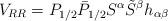
LaTeX: \begin{align*}V_{RR} =P_{1/2}\bar P_{1/2} S^\alpha \tilde S^\beta h_{\alpha\beta}\end{align*}